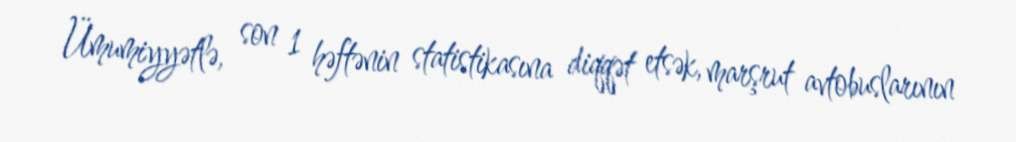
Ümumiyyətlə, son 1 həftənin statistikasına diqqət etsək, marşrut avtobuslarının